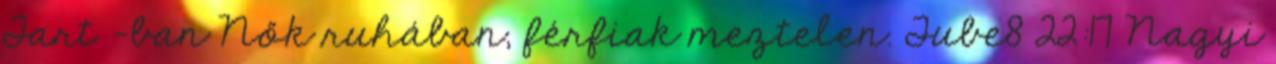
Tart -ban Nők ruhában, férfiak meztelen. Tube8 22:17 Nagyi